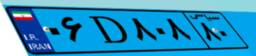
۰۶D۸۰۸۸۰